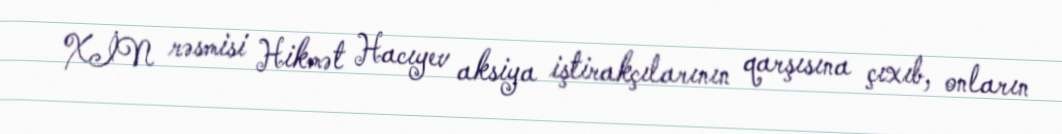
XİN rəsmisi Hikmət Hacıyev aksiya iştirakçılarının qarşısına çıxıb, onların